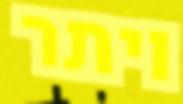
ויתר